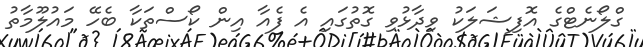
ގްލޯނެޓްގެ އޮފިޝަލަކު ވިދާޅުވި ގޮތުގައި އެ ފެއާ އިން ކޯސްތަކާ ބެހޭ މައުލޫމާތު